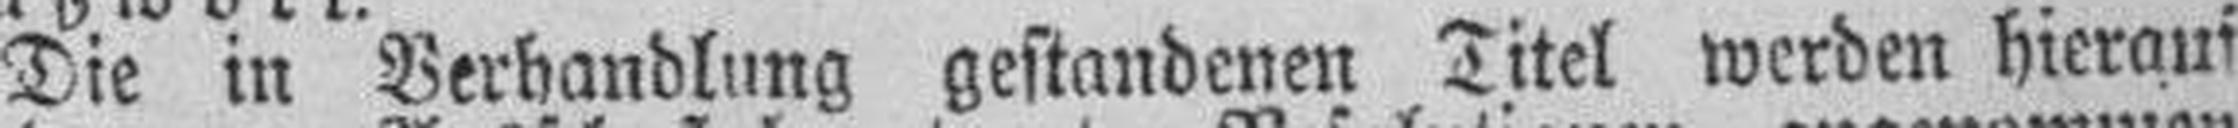
Die in Verhandlung gestandenen Titel werden hierauf